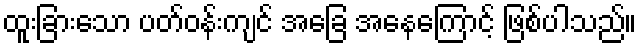
ထူးခြားသော ပတ်ဝန်းကျင် အခြေ အနေကြောင့် ဖြစ်ပါသည်။